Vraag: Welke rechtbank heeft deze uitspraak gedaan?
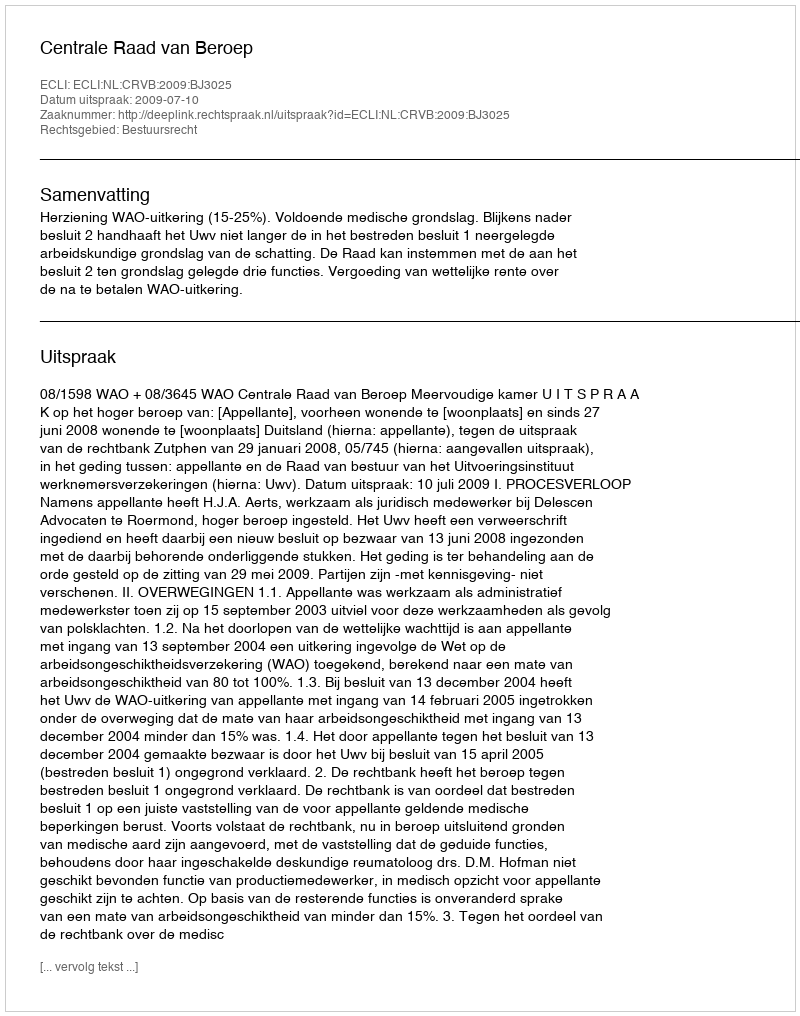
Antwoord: Centrale Raad van Beroep